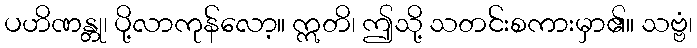
ပဟိဏန္တု၊ ပို့လာကုန်လော့။ ဣတိ၊ ဤသို့ သတင်းစကားမှာ၏။ သဗ္ဗံ၊